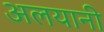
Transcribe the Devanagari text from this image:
अलयानी